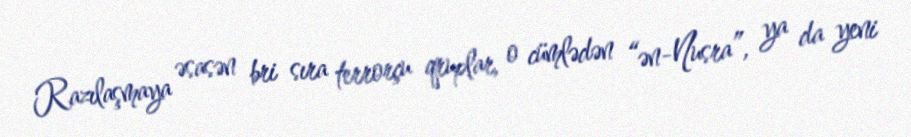
Razılaşmaya əsasən bri sıra terrorçu qruplar, o cümlədən “ən-Nusra”, ya da yeni